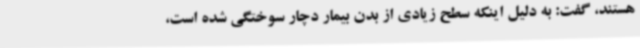
هستند، گفت: به دلیل اینکه سطح زیادی از بدن بیمار دچار سوختگی شده است،